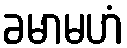
ခမာမဟံ